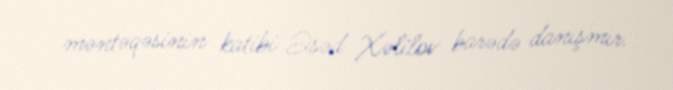
məntəqəsinin katibi Əsəd Xəlilov barədə danışmır.